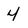
Character: 4